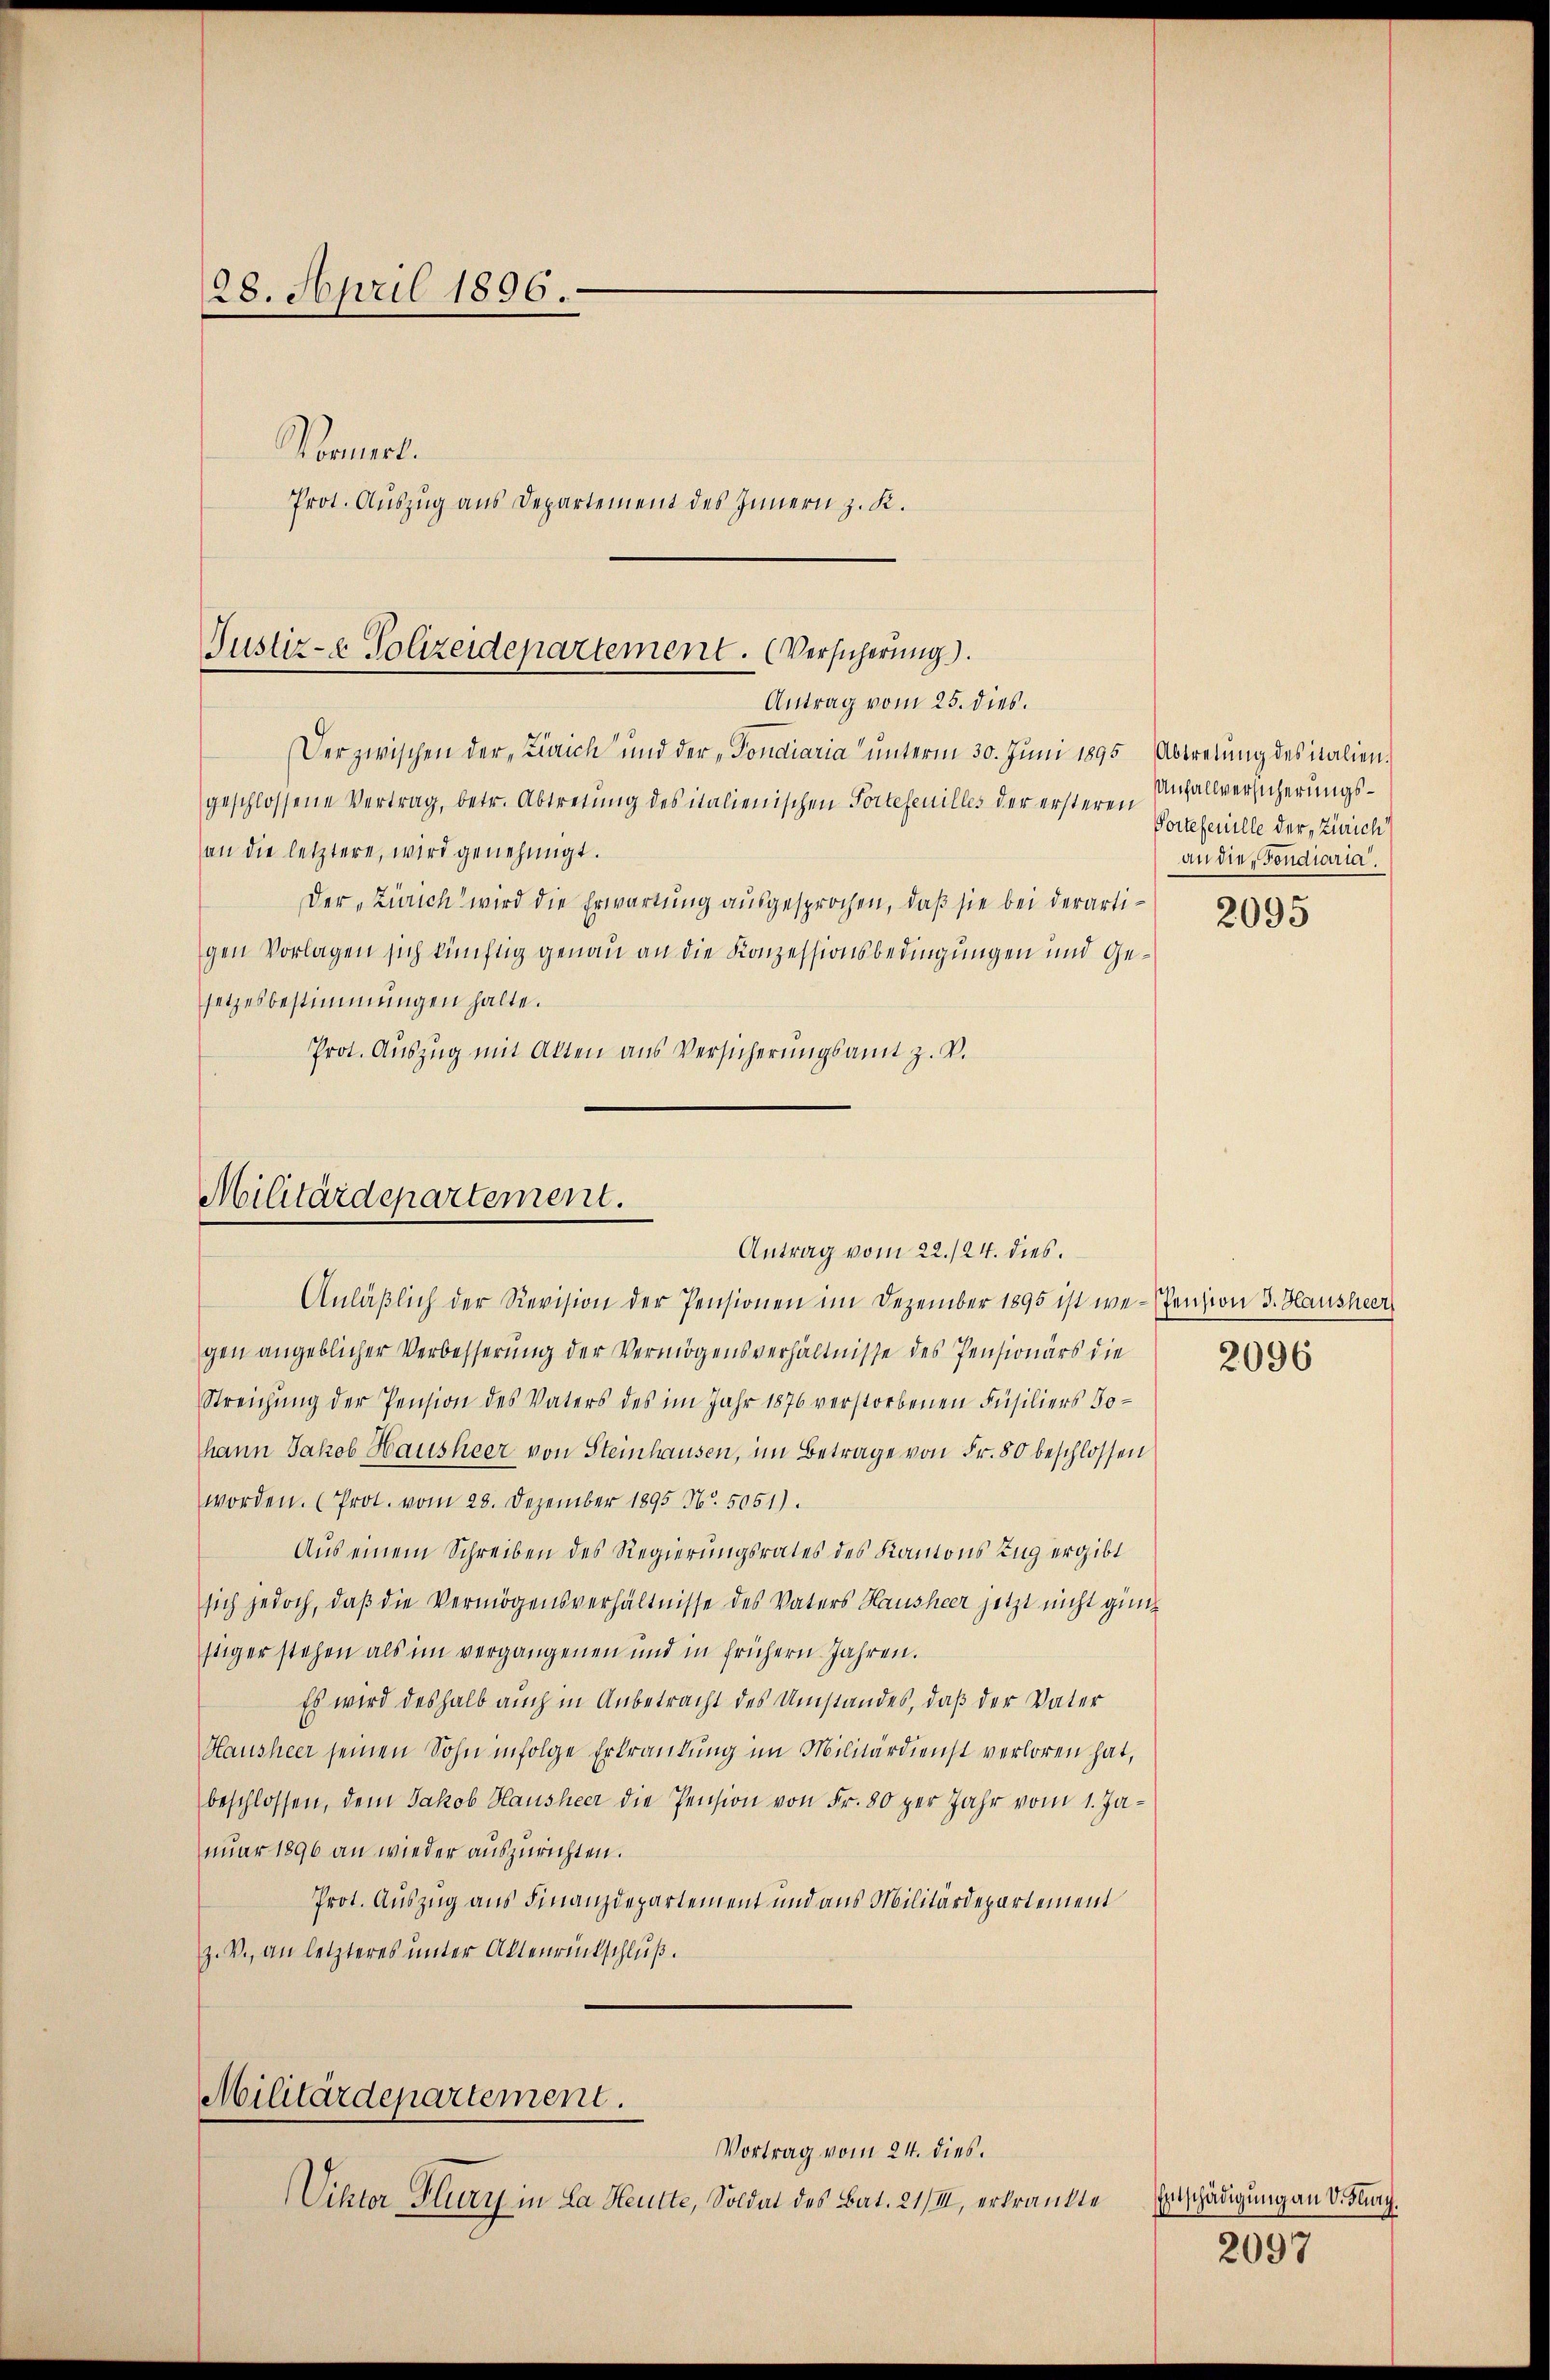
28. April 1896.
Normel.
Prot. Auszug aus Departement des Innern z. K.

Justiz- & Polizeidepartement. (Versicherung).
Antrag vom 25. dies.

Der zwischen der Zürich und der "Tondiaria ŭnterm 30. Jŭni 1895 Abtretŭng des italien.
geschlossene Vertrag, betr. Abtretung des italienischen Torteseuilles der ersteren
an die letztere, wird genehmigt.
Der Zürich wird die Erwartung ausgesprochen, daß sie bei derartigen Vorlagen sich künftig genau an die Konzessionsbedingungen und Gesetzesbestimmungen halte.
Prot. Auszug mit Akten aus Versicherŭngsamt z. V.

Militärdepartement.
Antrag vom 22./24. dies

Anläßlich der Revision der Pensionen im Dezember 1895 ist we-Pension 3. Hausheer
gen angeblicher Verbesserung der Vermögensverhältnisse des Pensionärs die
Streichŭng der Pension des Vaters des im Jahr 1876 verstorbenen Füsiliers Johann Jakob Hausheer von Steinhausen, im Betrage von Fr. 80 beschlossen
worden. (Prot. vom 28. Dezember 1895 N. 5051).
Aus einem Schreiben des Regierungsrates des Kantons Zug ergibt
sich jedoch, daß die Vermögensverhältnisse des Vaters Hausheer jetzt nicht gin
stiger stehen als im vergangenen und in frühern Jahren.
Es wird deshalb auch in Anbetracht des Umstandes, daß der Vater
Hausheer seinen Sohn infolge Erkrankung im Militärdienst verloren hat,
beschlossen, dem Jakob Hausheer die Pension von Fr. 80 per Jahr vom 1. Januar 1896 an wieder auszurichten.
Prot. Auszug aus Finanzdepartement und aus Militärdepartement
Z. V., an letzteres unter Aktenrückschluß.
Militärdepartement.
Vortrag vom 24. dies.
Viktor Flury in La Heute, Soldat des Bat. 21/III, erkrankte

Unfallversicherungs¬
Portefeuille der, Zürich
an die Fondiaria.

2095

2096

Entschädigung an V. Flurg.
2097